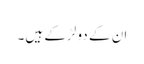
ان کے دو لڑکے ہیں۔